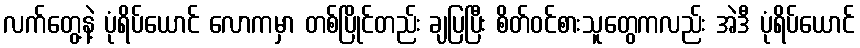
လက်တွေ့နဲ့ ပုံရိပ်ယောင် လောကမှာ တစ်ပြိုင်တည်း ချပြပြီး စိတ်ဝင်စားသူတွေကလည်း အဲဒီ ပုံရိပ်ယောင်